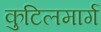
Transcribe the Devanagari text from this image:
कुटिलमार्ग